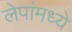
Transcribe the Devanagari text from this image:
लेपांमध्ये